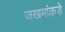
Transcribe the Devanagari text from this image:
जखमांकडे